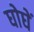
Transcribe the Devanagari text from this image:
घोघें